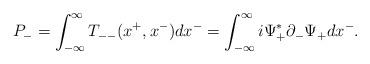
LaTeX: \begin{align*}P_-=\int_{-{\infty }}^{\infty }T_{--}(x^+,x^-)dx^-=\int_{-{\infty }}^{\infty }i{\Psi}_+^{\ast }{\partial}_-{\Psi}_+dx^-. \end{align*}